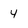
Character: 4